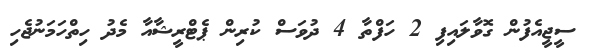
ސީޖީއެފުން ގޮވާލައިފި 2 ހަފްތާ 4 ދުވަސް ކުރިން ޕެޓްރީޝާއާ މެދު ހިތްހަމަނުޖެހި